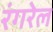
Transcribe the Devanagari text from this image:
रंगरेल